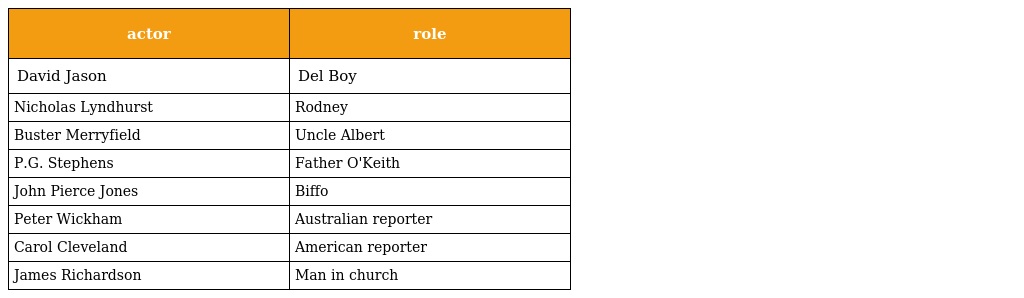
| actor | role |
 | --- | --- |
 | David Jason | Del Boy |
 | Nicholas Lyndhurst | Rodney |
 | Buster Merryfield | Uncle Albert |
 | P.G. Stephens | Father O'Keith |
 | John Pierce Jones | Biffo |
 | Peter Wickham | Australian reporter |
 | Carol Cleveland | American reporter |
 | James Richardson | Man in church |